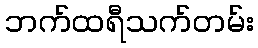
ဘက်ထရီသက်တမ်း